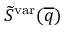
\widetilde { S } ^ { \mathrm { v a r } } ( \overline { { q } } )